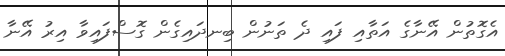
އެގޮތުން އޭނާގެ އަތާއި ފައި ދެ ތަނުން ބިނދައިގެން ގޮސްފައިވާ އިރު އޭނާ